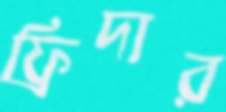
ফ্রিদার